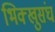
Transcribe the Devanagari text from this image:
भिक्खुसंघ